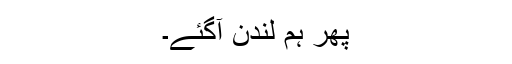
پھر ہم لندن آگئے۔